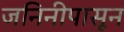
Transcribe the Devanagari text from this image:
जनिनीपासून